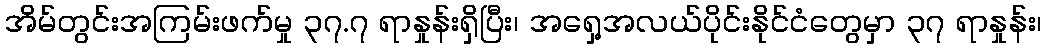
အိမ်တွင်းအကြမ်းဖက်မှု ၃၇.၇ ရာနှုန်းရှိပြီး၊ အရှေ့အလယ်ပိုင်းနိုင်ငံတွေမှာ ၃၇ ရာနှုန်း၊